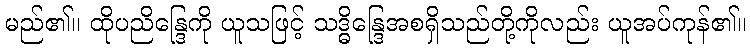
မည်၏။ ထိုပညိန္ဒြေကို ယူသဖြင့် သဒ္ဓိန္ဒြေအစရှိသည်တို့ကိုလည်း ယူအပ်ကုန်၏။